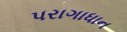
પરાગાધાન